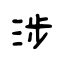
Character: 涉